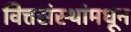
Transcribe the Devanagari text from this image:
वित्तसंस्थांमधून